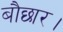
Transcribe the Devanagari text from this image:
बौछार।